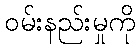
ဝမ်းနည်းမှုကို